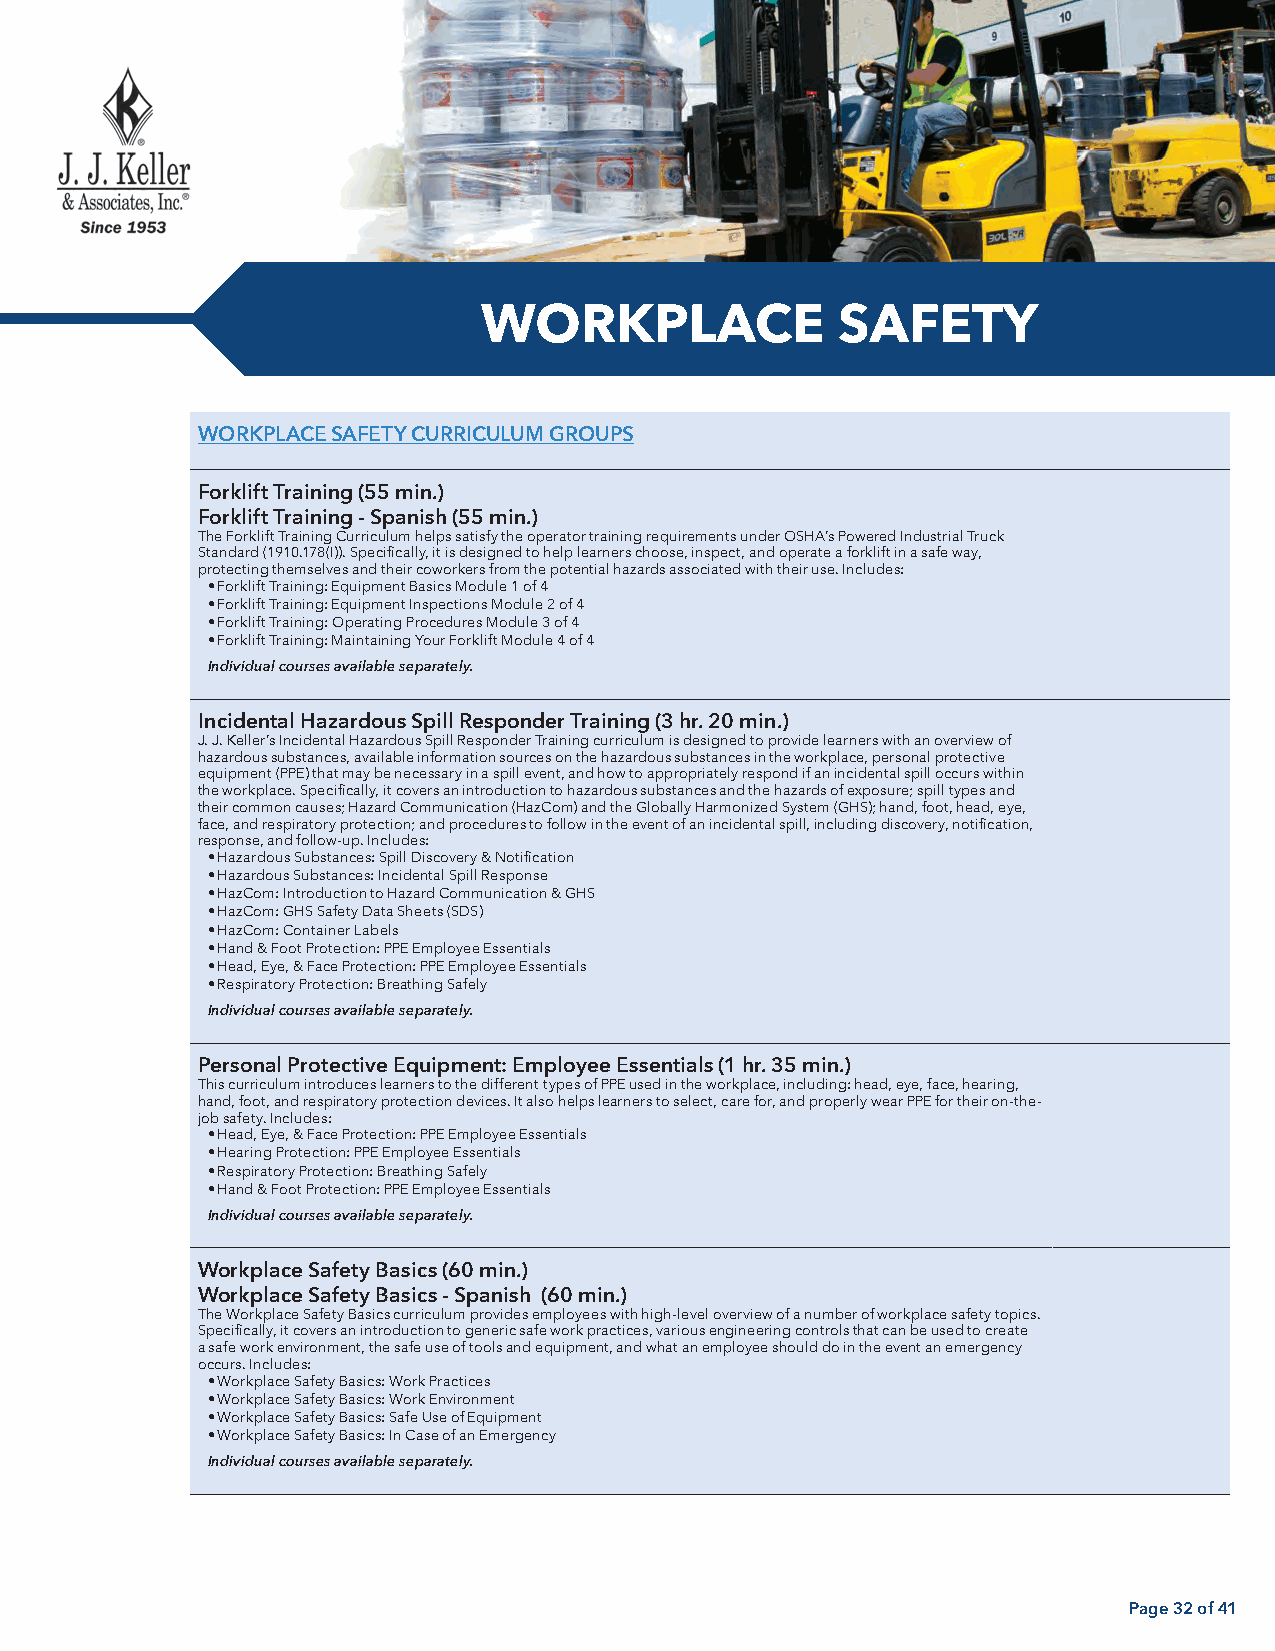
WORKPLACE              SAFETY
 WORKPLACE SAFETY CURRICULUM GROUPS
 Forklift Training (55 min.)
 Forklift Training - Spanish (55 min.)
 The Forklift Training Curriculum helps satisfy the operator training requirements under OSHA’s Powered Industrial Truck
 Standard (1910.178(I)). Specifically, it is designed to help learners choose, inspect, and operate a forklift in a safe way,
 protecting themselves and their coworkers from the potential hazards associated with their use. Includes:
 • Forklift Training: Equipment Basics Module 1 of 4
 • Forklift Training: Equipment Inspections Module 2 of 4
 • Forklift Training: Operating Procedures Module 3 of 4
 • Forklift Training: Maintaining Your Forklift Module 4 of 4
 Individual courses available separately.
 Incidental Hazardous Spill Responder Training (3 hr. 20 min.)
 J. J. Keller’s Incidental Hazardous Spill Responder Training curriculum is designed to provide learners with an overview of
 hazardous substances, available information sources on the hazardous substances in the workplace, personal protective
 equipment (PPE) that may be necessary in a spill event, and how to appropriately respond if an incidental spill occurs within
 the workplace. Specifically, it covers an introduction to hazardous substances and the hazards of exposure; spill types and
 their common causes; Hazard Communication (HazCom) and the Globally Harmonized System (GHS); hand, foot, head, eye,
 face, and respiratory protection; and procedures to follow in the event of an incidental spill, including discovery, notification,
 response, and follow-up. Includes:
 • Hazardous Substances: Spill Discovery & Notification
 • Hazardous Substances: Incidental Spill Response
 • HazCom: Introduction to Hazard Communication & GHS
 • HazCom: GHS Safety Data Sheets (SDS)
 • HazCom: Container Labels
 • Hand & Foot Protection: PPE Employee Essentials
 • Head, Eye, & Face Protection: PPE Employee Essentials
 • Respiratory Protection: Breathing Safely
 Individual courses available separately.
 Personal Protective Equipment: Employee Essentials (1 hr. 35 min.)
 This curriculum introduces learners to the different types of PPE used in the workplace, including: head, eye, face, hearing,
 hand, foot, and respiratory protection devices. It also helps learners to select, care for, and properly wear PPE for their on-the-
 job safety. Includes:
 • Head, Eye, & Face Protection: PPE Employee Essentials
 • Hearing Protection: PPE Employee Essentials
 • Respiratory Protection: Breathing Safely
 • Hand & Foot Protection: PPE Employee Essentials
 Individual courses available separately.
 Workplace Safety Basics (60 min.)
 Workplace Safety Basics - Spanish (60 min.)
 The Workplace Safety Basics curriculum provides employees with high-level overview of a number of workplace safety topics.
 Specifically, it covers an introduction to generic safe work practices, various engineering controls that can be used to create
 a safe work environment, the safe use of tools and equipment, and what an employee should do in the event an emergency
 occurs. Includes:
 • Workplace Safety Basics: Work Practices
 • Workplace Safety Basics: Work Environment
 • Workplace Safety Basics: Safe Use of Equipment
 • Workplace Safety Basics: In Case of an Emergency
 Individual courses available separately.
 Page 32 of 41